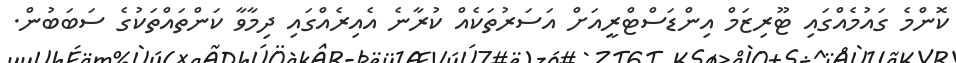
ކޮންމެ ގައުމެއްގައި ޓޫރިޒަމް އިންޑަސްޓްރީއަށް އަސަރުތަކެއް ކުރާނެ އެއިރެއްގައި ދިމާވާ ކަންތައްތަކުގެ ސަބަބުން.